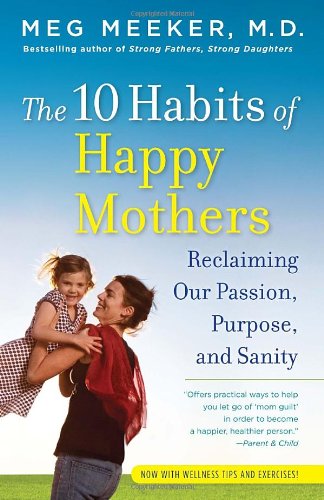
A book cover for The 10 Habits of Happy Mothers: Reclaiming Our Passion, Purpose, and Sanity; Meg Meeker; Parenting & Relationships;